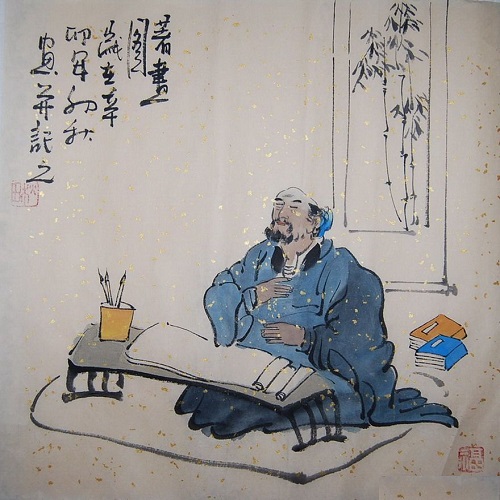
君有妒臣，则贤人不至。